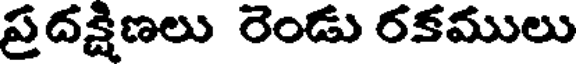
ప్రదక్షిణలు రెండు రకములు